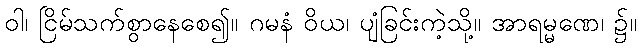
ဝါ၊ ငြိမ်သက်စွာနေစေ၍။ ဂမနံ ဝိယ၊ ပျံခြင်းကဲ့သို့။ အာရမ္မဏေ၊ ၌။